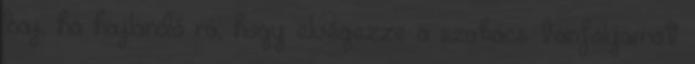
baj, ha hajlandó rá, hogy elvégezze a szakács tanfolyamot